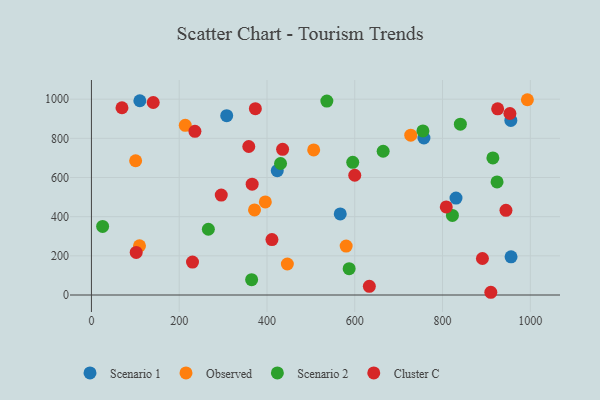
{"axis": {"x": "Speed", "y": "Salary"}, "legend": ["Cluster C", "Observed", "Scenario 1", "Scenario 2"], "data": [{"x": "423.4", "y": 634.9, "type": "Scenario 1"}, {"x": "956.1", "y": 195.0, "type": "Scenario 1"}, {"x": "566.9", "y": 413.9, "type": "Scenario 1"}, {"x": "110.3", "y": 992.0, "type": "Scenario 1"}, {"x": "830.7", "y": 494.8, "type": "Scenario 1"}, {"x": "955.6", "y": 891.6, "type": "Scenario 1"}, {"x": "757.6", "y": 801.7, "type": "Scenario 1"}, {"x": "308.2", "y": 916.0, "type": "Scenario 1"}, {"x": "446.4", "y": 158.2, "type": "Observed"}, {"x": "727.6", "y": 816.0, "type": "Observed"}, {"x": "993.3", "y": 997.2, "type": "Observed"}, {"x": "109.5", "y": 251.3, "type": "Observed"}, {"x": "100.7", "y": 685.5, "type": "Observed"}, {"x": "396.2", "y": 475.4, "type": "Observed"}, {"x": "371.6", "y": 434.4, "type": "Observed"}, {"x": "506.4", "y": 740.6, "type": "Observed"}, {"x": "213.8", "y": 866.6, "type": "Observed"}, {"x": "580.4", "y": 249.6, "type": "Observed"}, {"x": "587.2", "y": 134.6, "type": "Scenario 2"}, {"x": "595.4", "y": 677.6, "type": "Scenario 2"}, {"x": "664.7", "y": 734.0, "type": "Scenario 2"}, {"x": "822.5", "y": 406.3, "type": "Scenario 2"}, {"x": "840.6", "y": 872.4, "type": "Scenario 2"}, {"x": "25.5", "y": 350.1, "type": "Scenario 2"}, {"x": "266.4", "y": 335.7, "type": "Scenario 2"}, {"x": "365.0", "y": 78.2, "type": "Scenario 2"}, {"x": "755.3", "y": 837.8, "type": "Scenario 2"}, {"x": "924.2", "y": 577.3, "type": "Scenario 2"}, {"x": "914.7", "y": 699.9, "type": "Scenario 2"}, {"x": "430.9", "y": 671.6, "type": "Scenario 2"}, {"x": "536.4", "y": 990.5, "type": "Scenario 2"}, {"x": "140.8", "y": 983.1, "type": "Cluster C"}, {"x": "230.3", "y": 168.0, "type": "Cluster C"}, {"x": "102.0", "y": 217.4, "type": "Cluster C"}, {"x": "295.8", "y": 510.4, "type": "Cluster C"}, {"x": "925.6", "y": 950.8, "type": "Cluster C"}, {"x": "69.6", "y": 956.2, "type": "Cluster C"}, {"x": "366.2", "y": 566.0, "type": "Cluster C"}, {"x": "910.0", "y": 13.9, "type": "Cluster C"}, {"x": "633.2", "y": 44.5, "type": "Cluster C"}, {"x": "411.3", "y": 283.1, "type": "Cluster C"}, {"x": "235.8", "y": 835.7, "type": "Cluster C"}, {"x": "358.5", "y": 758.3, "type": "Cluster C"}, {"x": "953.5", "y": 926.8, "type": "Cluster C"}, {"x": "808.5", "y": 449.8, "type": "Cluster C"}, {"x": "373.5", "y": 951.7, "type": "Cluster C"}, {"x": "600.0", "y": 611.4, "type": "Cluster C"}, {"x": "944.5", "y": 432.4, "type": "Cluster C"}, {"x": "890.9", "y": 186.5, "type": "Cluster C"}, {"x": "435.6", "y": 743.7, "type": "Cluster C"}]}